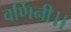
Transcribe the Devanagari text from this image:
वर्णिनी।।